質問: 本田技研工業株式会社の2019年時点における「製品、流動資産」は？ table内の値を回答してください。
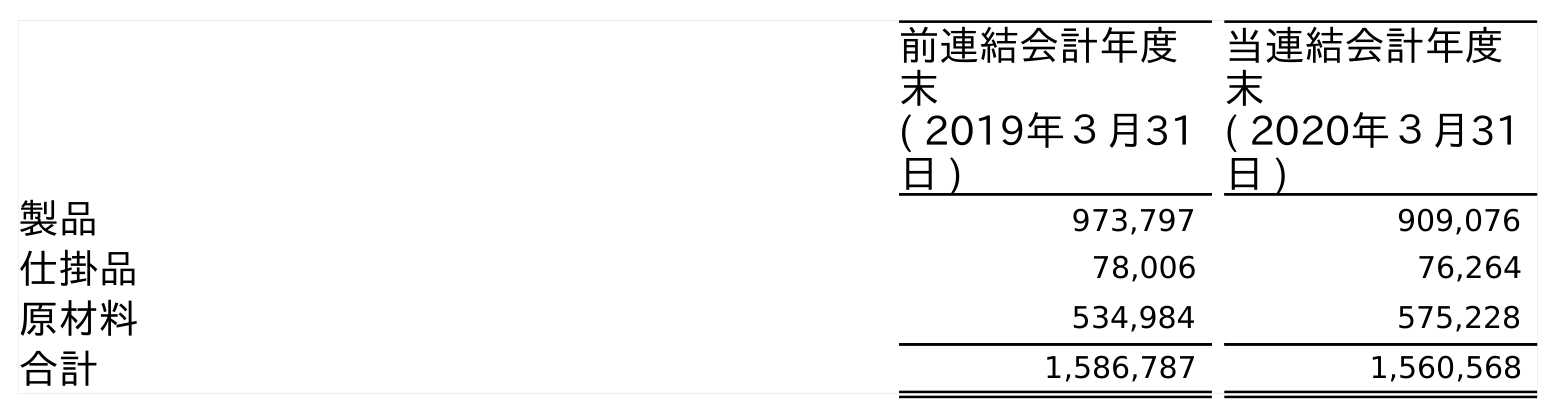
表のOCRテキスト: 前連結会計年度 末 ( 2019年３月31 日 ) 当連結会計年度 末 ( 2020年３月31 日 ) 製品 973,797 909,076 仕掛品 78,006 76,264 原材料 534,984 575,228 合計 1,586,787 1,560,568
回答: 973,797